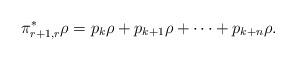
LaTeX: \begin{gather*}\pi_{r+1,r}^* \rho = p_k \rho + p_{k+1} \rho + \cdots + p_{k+n}\rho .\end{gather*}